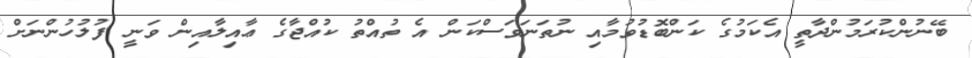
ބޭނުންކުރަމުންދާތީ އެކަމުގެ ކަންބޮޑުވުމާއި ނުތަނަވަސްކަން އެ ތުއްތު ކުއްޖާގެ ޢާއިލާއިން ވަނީ ފުލުހުންނަށް